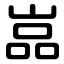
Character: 嵓